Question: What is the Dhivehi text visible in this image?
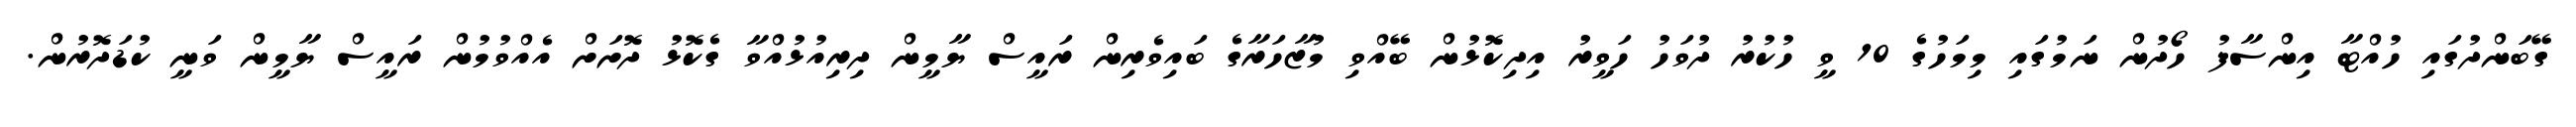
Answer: ގޭބަންދުގައި ހުއްޓާ އިންސާފު ހޯދުން ނަމުގައި މިމަހުގެ 10 ވީ ހުކުރު ދުވަހު ހަވީރު އިދިކޮޅުން ބޭއްވި މުޒާހަރާގެ ބައިވެރިން ރައީސް ޔާމީން ދިރިއުޅުއްވާ ގެކޮޅު ދޮށަށް އެއްވުމުން ރައީސް ޔާމީން ވަނީ ކުޑަދޮރުން.